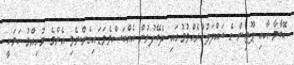
އޮބާމާ އާއި ޕޫޓިން ގެ ބައްދަލުކުރެއްވުމުގައި ދެބޭފުޅުން އެއްބަސްވެވަޑައިގެންނެވި އެންމެ މުހިއްމު ކަމަކީ